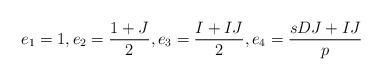
LaTeX: \begin{align*} e_1=1, e_2=\frac{1+J}2, e_3=\frac{I+IJ}2, e_4=\frac{sDJ+IJ}p \end{align*}